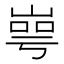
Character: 㟧